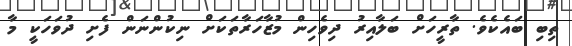
ތިބި ބައެކެވެ. ތާރީހަށް ބަލާއިރު ދިވެހިން މުޒާހަރާތަކަށް ނިކުންނަން ފެށި ދުވަހަކީ މާ